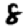
Digit: 8